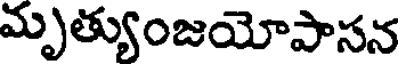
మృత్యుంజయోపాసన